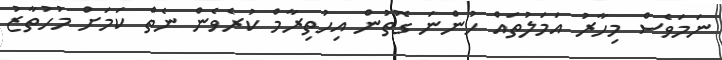
ނަމަވެސް މިހާރު އަމަލުތައް ހުންނަ ގޮތުން އިހުތިރާމް ކުރެވެން ނެތް ކަމަށް މުހުތާޒު